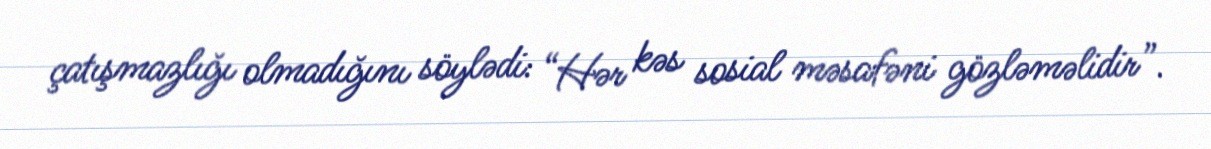
çatışmazlığı olmadığını söylədi: “Hər kəs sosial məsafəni gözləməlidir”.